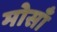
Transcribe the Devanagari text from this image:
मोसाँ